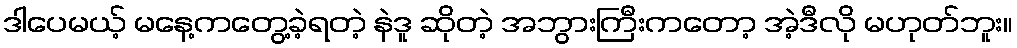
ဒါပေမယ့် မနေ့ကတွေ့ခဲ့ရတဲ့ နဲဒူ ဆိုတဲ့ အဘွားကြီးကတော့ အဲ့ဒီလို မဟုတ်ဘူး။